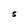
Character: s